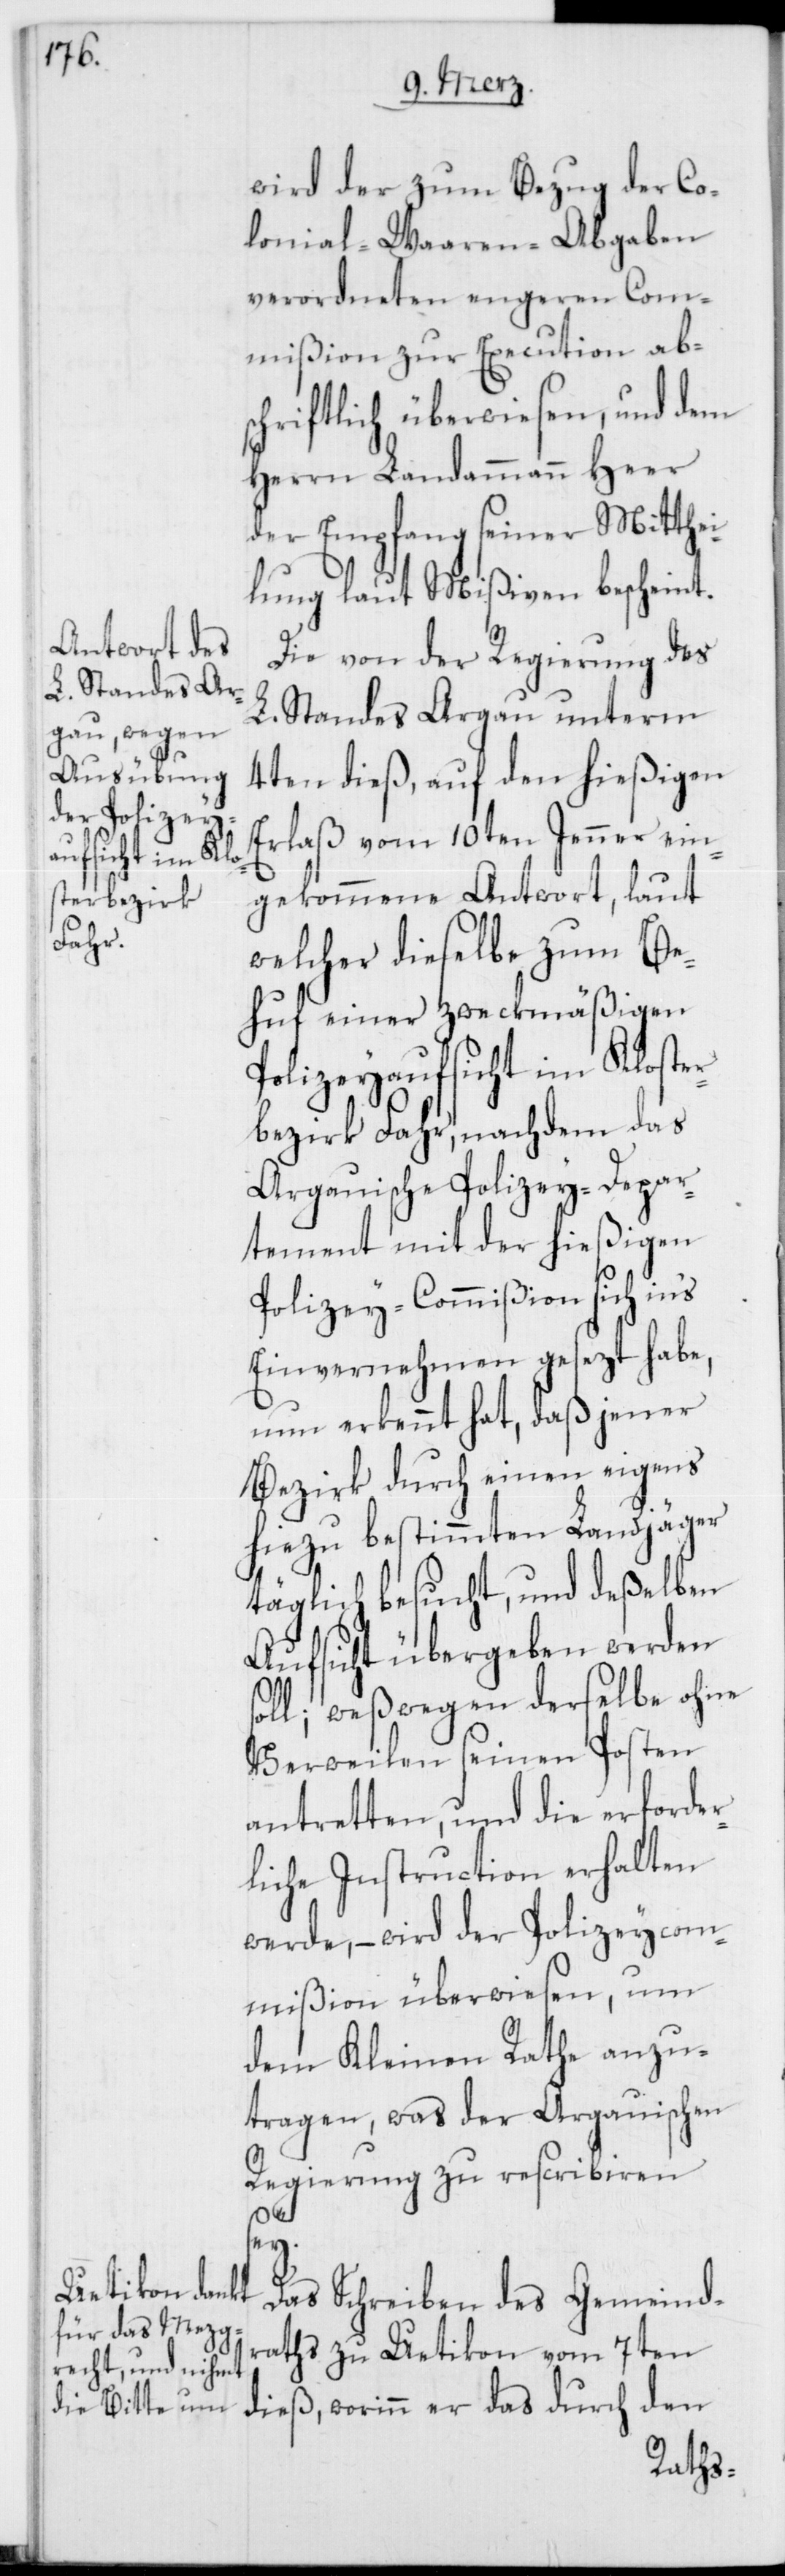
wird der zum Bezug der Co¬
lonial-Waaren-Abgaben
verordneten engeren Com¬
mißion zu Execution abs¬
chriftlich überwiesen, und dem
Herrn Landammann Heer
der Empfang seiner Mitthei¬
lung laut Mißiven bescheint.
Die von der Regierung des
L. Standes Argau unterm
4ten dieß, auf den hießigen
Erlaß vom 10ten Jenner ein¬
gekommene Antwort, laut
welcher dieselbe zum Be¬
huf einer zweckmäßigen
Polizeyaufsicht im Kloster¬
bezirk Fahr, nachdem das
Argauische Polizey-Depar¬
tement mit der hießigen
Polizey-Commißion sich ins
Einvernehmen gesezt habe,
nun erkennt hat, daß jener
Bezirk durch einen eigens
hiezu bestimmten Landjäger
täglich besucht, und deßelben
Aufsicht übergeben werden
oll; weßwegen derselbe ohne
Verweilen seinen Posten
antretten, und die erforder¬
liche Instruction erhalten
werde, – wird der Polizeycom¬
mißion überwiesen, um
dem Kleinen Rathe anzu¬
tragen, was der Argauischen
Regierung zu rescribieren
sey.
Das Schreiben des Gemeind¬
raths zu Uetikon vom 7ten
dieß, worinn er das durch den